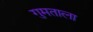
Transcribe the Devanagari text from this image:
गुमताला